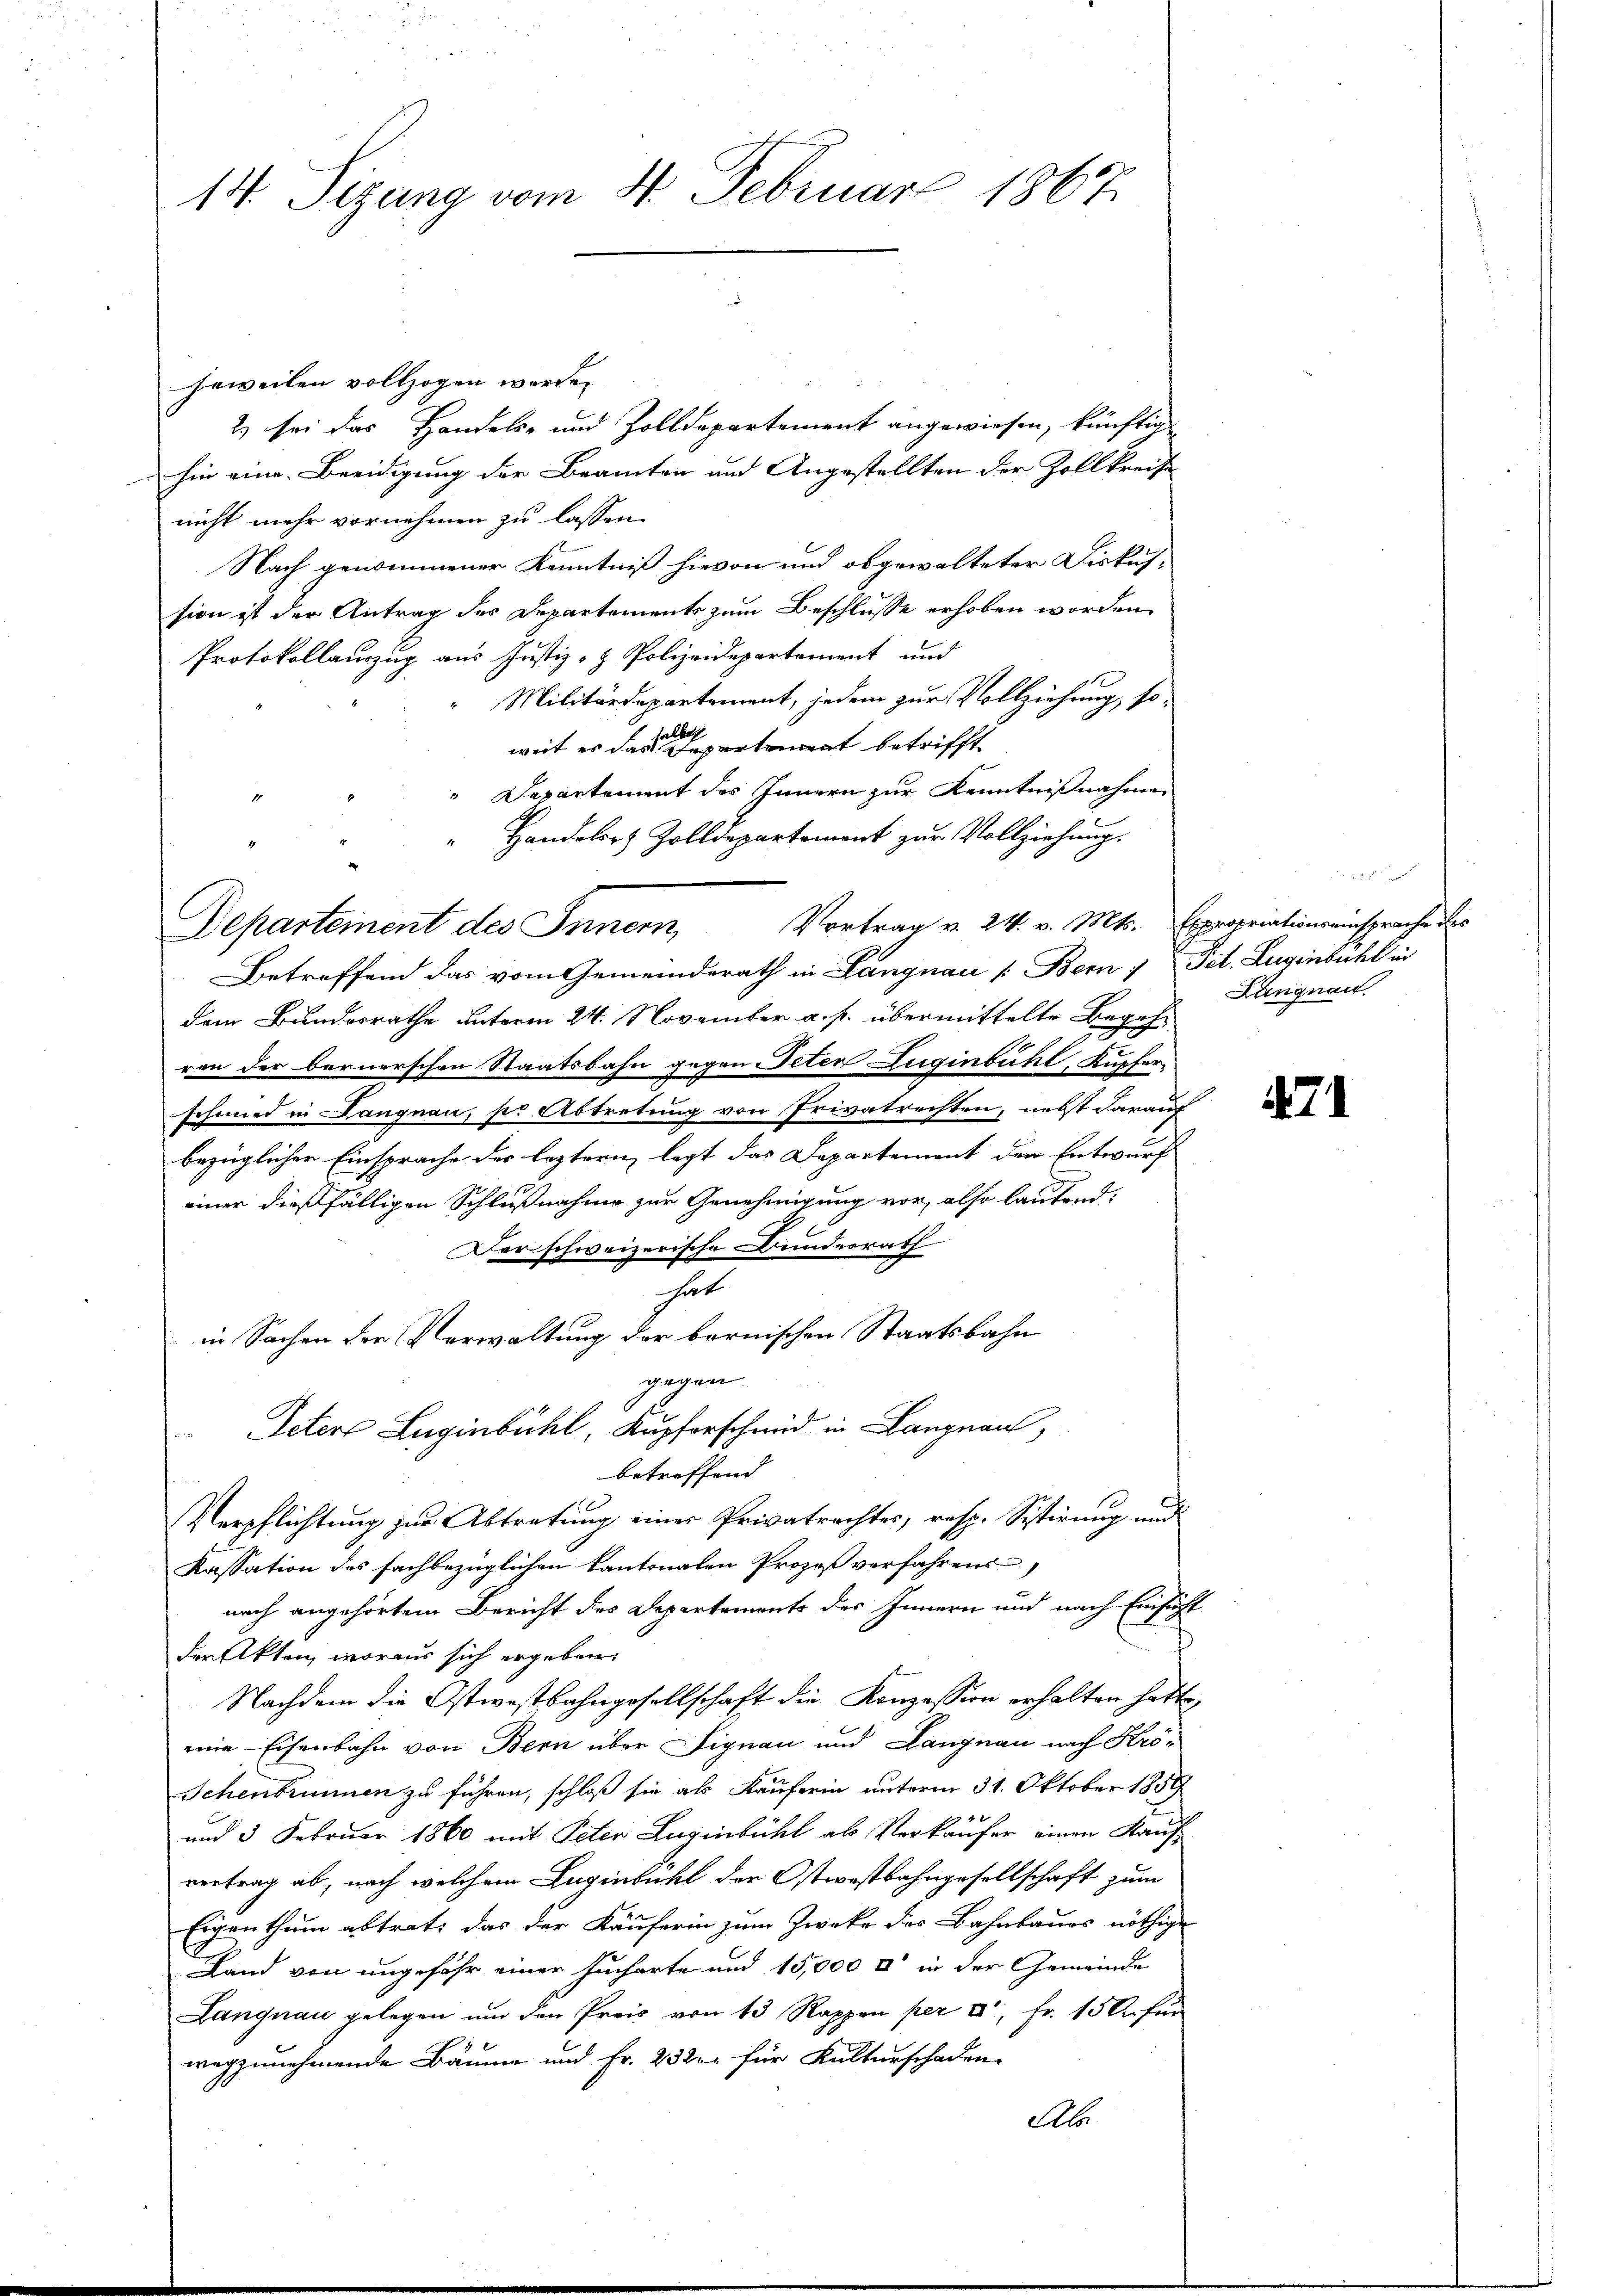
14 Sizung vom 4. Februar 1867.

heweilen vollzogen werde.
2) sei das Handels- und Zolldepartement angewiesen, künftig
hin eine Beeidigung der Beamten und Angestellten der Zollkreise
nicht mehr vornehmen zu lassen
Nach genommener Kenntniß hievon und obgewalteter Diskussion ist der Antrag des Departements zum Beschlusse erhoben worden.
Protokollauszug aus Justiz- & Polizeidepartement und
Militärdepartement, jedem zur Vollziehung, so
hal
weit es das Departement betrifft
Departement des Innern zur Kenntnißnahmen
Handalors Zolldepartement zur Vollziehung.
Vortrag v. 24. v. Mts. Expropriationseinsprache des
Betreffend das vom Gemeinderath in Langnau [Bern / Pct. Luginbichl in
dem Bundesrathe unterm 24. November a. p. übermittelte Begehvon der bernerschen Staatsbahn gegen Peten Luginbühl, Kupfer
schmied in Langnau, so Abtretung von Privatrechten, nebst darauf
bezüglicher Einsprache des leztern, legt das Departement der Entwurf
einer dießfälligen Schlußnahme zur Genehmigung vor, also lautend:
Der schweizerische Bundesrath
hat
in Sachen der Verwaltung der bernischen Staatsbahn
gegen
Peter Luginbühl, Kupferschmid in Langnau,
betreffend
Verpflichtung zur Abtretung eines Privatrechtes, resp. Sistirung und
Kassation des fachbezüglichen kantonalen Prozeß verfahrens
nach angehörtem Bericht des Departements des Innern und nach Einsicht
der Akten, woraus sich ergeben:
Nachdem die Ostwestbahngesellschaft die Konzession erhalten hatte,
eine Eisenbahn von Bern über Signau und Langnau nach Krö¬
Schenbrunnen zu führen, schloß sie als Käuferin unterm 31. Oktober 1854
 f 8 x
und 3 Februar 1860 mit Peter Luginbühl als Verkaufer einen Kaufvertrag ab, nach welchem Zugenbühl der Ostwestbahngesellschaft zum
Eigenthum abtrat, das der Käuferin zum Zwecke des Bahnbaues nöthige
Land von ungefähr einer Jucharte und 15,000 rt in der Gemeinde
Langnau gelegen ŭm den Preis von 43 Rappen per c. fr. 150 für
wegzunehmende Bäume und Fr. 232 für Kulturschaden
Ab

Departement des Innern,

Langnau.

471